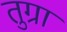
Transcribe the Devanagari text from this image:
तुग्रा